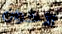
الأخوان